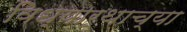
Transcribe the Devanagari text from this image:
विध्यार्थाच्या